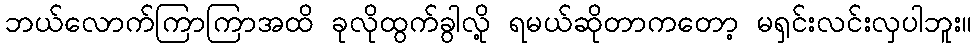
ဘယ်လောက်ကြာကြာအထိ ခုလိုထွက်ခွါလို့ ရမယ်ဆိုတာကတော့ မရှင်းလင်းလှပါဘူး။